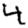
Digit: 4